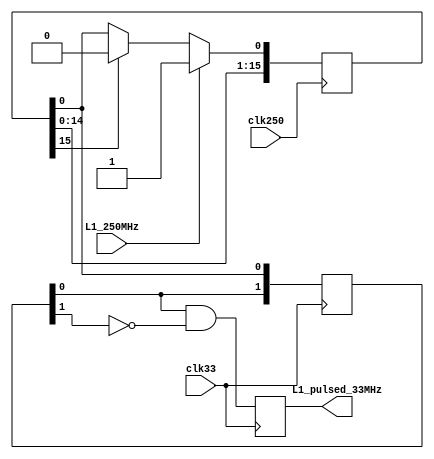
`timescale 1ns / 1ps
//////////////////////////////////////////////////////////////////////////////////
// Company: 
// Engineer: 
// 
// Design Name: 
// Module Name:    SignalStretcher 
// Project Name: 
// Target Devices: 
// Tool versions: 
// Description: 
//
// Dependencies: 
//
// Revision: 
// Revision 0.01 - File Created
// Additional Comments: 
//
//////////////////////////////////////////////////////////////////////////////////
module SignalStretcher(
input clk250,
input clk33,
input L1_250MHz,
output L1_pulsed_33MHz
    );



	reg [15:0] L1_delay = 0;
	always @(posedge clk250) begin
	if(L1_250MHz)
		L1_delay[0] <= 1'b1;
	else if (L1_delay[15])
		L1_delay[0] <= 1'b0;
	L1_delay[15:1] <= L1_delay[14:0];
	end
	
	reg [1:0] L1_pulsed_train;
	reg L1_pulsed;
	always @(posedge clk33) begin
		L1_pulsed_train[0]<= L1_delay[0];
		L1_pulsed_train[1]<= L1_pulsed_train[0];
		L1_pulsed <= L1_pulsed_train[0] && ~L1_pulsed_train[1];
	end

	assign L1_pulsed_33MHz = L1_pulsed;

endmodule